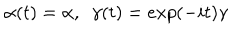
LaTeX: \alpha ( t ) = \alpha , ~ ~ \gamma ( t ) = e x p ( - i t ) \gamma